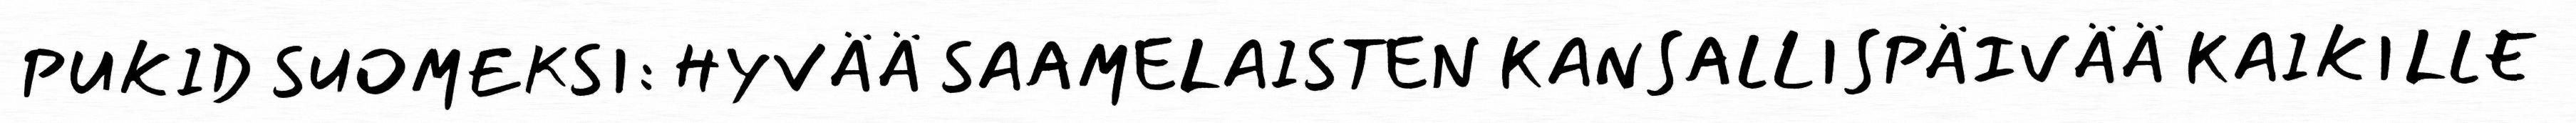
PUKID SUOMEKSI: HYVÄÄ SAAMELAISTEN KANSALLISPÄIVÄÄ KAIKILLE